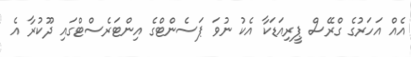
އެއް އަހަރުގެ ގްރޭސް ޕީރިއަޑަކާ އެކު ނުވަ ޕަސެންޓްގެ އިންޓަރެސްޓްގައި ދޫކުރާ އެ